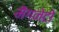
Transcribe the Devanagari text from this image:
मैगनेटो